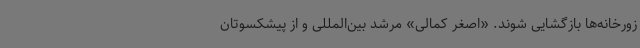
زورخانه‌ها بازگشایی شوند. «اصغر کمالی» مرشد بین‌المللی و از پیشکسوتان